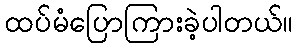
ထပ်မံပြောကြားခဲ့ပါတယ်။